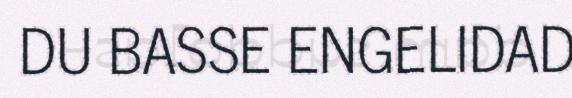
DU BASSE ENGELIDAD